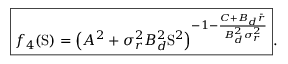
\boxed { f _ { 4 } ( \mathrm { S } ) = \left( A ^ { 2 } + \sigma _ { r } ^ { 2 } B _ { d } ^ { 2 } \mathrm { S } ^ { 2 } \right) ^ { - 1 - \frac { C + B _ { d } \bar { r } } { B _ { d } ^ { 2 } \sigma _ { r } ^ { 2 } } } } .